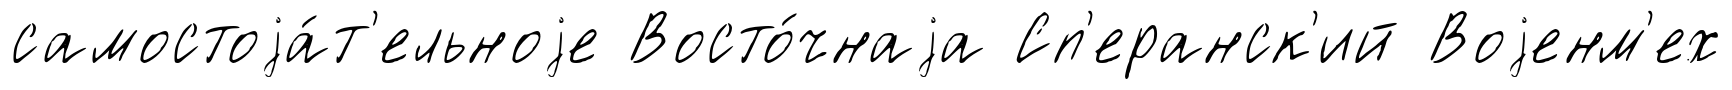
самостоjа́т'ельноjе Восто́чнаjа Сп'еранск'ий Воjенм'ех